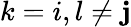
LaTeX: k=i,l\neq\mathbf{j}